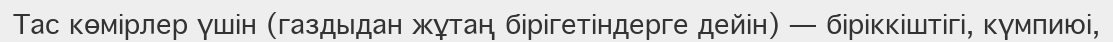
Тас көмірлер үшін (газдыдан жұтаң бірігетіндерге дейін) — біріккіштігі, күмпиюі,